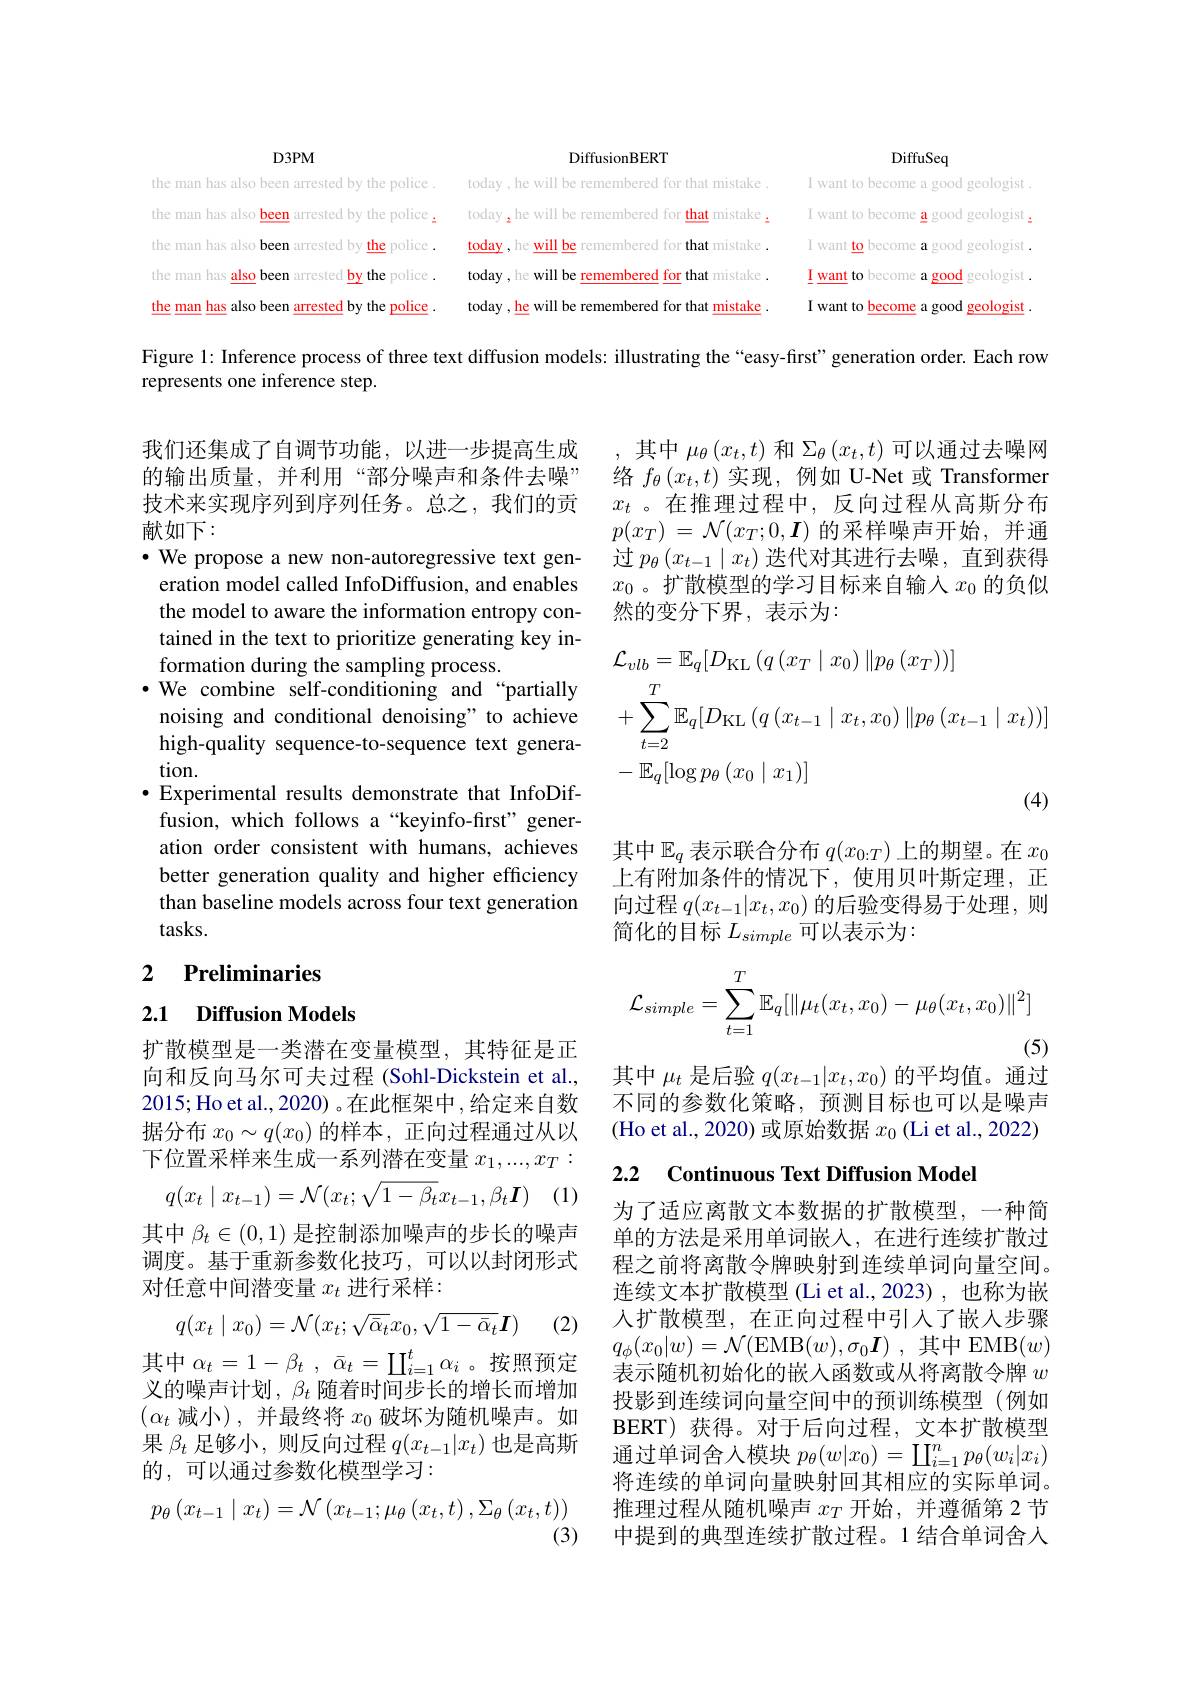
DiffusionBERT

D3PM

DiffuSeq

the man has also been arrested by the police .

I want to become a good geologist.

I want to become a good geologist.

the man has also been arrested by the police .

the man has also been arrested by the police .

today ,he will be remembered for that mistake . today ,he will be remembered for that mistake . today , he will be remembered for that mistake . today , he will be remembered for that mistake . today , he will be remembered for that mistake

I want to become a good geologist .

the man has also been arrested by the police .

good geologist.

I want to become

I want to become a good geologist

the man has also been arrested by the police

Figure 1: Inference process of three text diffusion models: illustrating the“easy-first”generation order. Each row
represents one inference step.

我们还集成了自调节功能，以进一步提高生成的输出质量，并利用“部分噪声和条件去噪” 技术来实现序列到序列任务。总之，我们的贡献如下：

·We propose a new non-autoregressive text gen-

,其中$\mu_\theta\left(x_t,t\right)$和$\Sigma_\theta\left(x_t,t\right)$可以通过去噪网络$f_\theta\left(x_t,t\right)$实现，例如 U-Net 或 Transformer $x_t$ 。在推理过程中，反向过程从高斯分布$p( x_T)$ = $\mathcal{N} ( x_T; 0, \boldsymbol{I})$的采样噪声开始，并通过$p_\theta\left(x_{t-1}\mid x_t\right)$迭代对其进行去噪，直到获得$x_0$。扩散模型的学习目标来自输入$x_0$的负似然的变分下界，表示为：
$$\begin{aligned}&\mathcal{L}_{vlb}=\mathbb{E}_{q}[D_{\mathrm{KL}}\left(q\left(x_{T}\mid x_{0}\right)\|p_{\theta}\left(x_{T}\right)\right)]\\&+\sum_{t=2}^{T}\mathbb{E}_{q}[D_{\mathrm{KL}}\left(q\left(x_{t-1}\mid x_{t},x_{0}\right)\|p_{\theta}\left(x_{t-1}\mid x_{t}\right)\right)]\\&-\:\mathbb{E}_{q}[\log p_{\theta}\left(x_{0}\mid x_{1}\right)]\end{aligned}$$
eration model called InfoDiffusion, and enables the model to aware the information entropy contained in the text to prioritize generating key information during the sampling process.
$\bullet$ We combine self-conditioning and “partially
noising and conditional denoising" to achieve high-quality sequence-to-sequence text generation.
$\bullet$ Experimental results demonstrate that InfoDif-
fusion, which follows a“keyinfo-first”generation order consistent with humans, achieves better generation quality and higher efficiency than baseline models across four text generation tasks.

其中$\mathbb{E}_q$表示联合分布$q(x_0:T)$上的期望。在$x_0$ 上有附加条件的情况下，使用贝叶斯定理，正向过程$q(x_t-1|x_t,x_0)$的后验变得易于处理，则简化的目标$L_simple$可以表示为：

# 2 $\textbf{Preliminaries}$
$$\mathcal{L}_{simple}=\sum_{t=1}^T\mathbb{E}_q[\|\mu_t(x_t,x_0)-\mu_\theta(x_t,x_0)\|^2]$$
2.1 Diffusion Models

(5)

其中$\mu_t$是后验$q(x_t-1|x_t,x_0)$的平均值。通过不同的参数化策略，预测目标也可以是噪声(Ho et al., 2020) 或原始数据$x_0$ (Li et al., 2022)

扩散模型是一类潜在变量模型，其特征是正向和反向马尔可夫过程 (Sohl-Dickstein et al., 2015;Ho et al., 2020) 。在此框架中 ,给定来自数据分布$x_0\sim q(x_0)$的样本，正向过程通过从以下位置采样来生成一系列潜在变量$x_1,...,x_T:$

# 2.2 $\textbf{Continuous Text Diffusion Model}$
$$q(x_{t}\mid x_{t-1})=\mathcal{N}(x_{t};\sqrt{1-\beta_{t}}x_{t-1},\beta_{t}\boldsymbol{I})$$
 ) (1)

其中$\beta_t\in(0,1)$是控制添加噪声的步长的噪声调度。基于重新参数化技巧，可以以封闭形式对任意中间潜变量$x_t$进行采样：
$$q(x_t\mid x_0)=\mathcal{N}(x_t;\sqrt{\bar{\alpha}_t}x_0,\sqrt{1-\bar{\alpha}_t}\boldsymbol{I})$$
(2)

为了适应离散文本数据的扩散模型，一种简单的方法是采用单词嵌入，在进行连续扩散过程之前将离散令牌映射到连续单词向量空间。连续文本扩散模型 (Li et al.,2023),也称为嵌人扩散模型，在正向过程中引入了嵌入步骤$q_{\phi}(x_{0}|w)=\mathcal{N}($EMB$( w) , \sigma _0\boldsymbol{I})$ ,其中 EMB$(w)$ 表示随机初始化的嵌入函数或从将离散令牌$w$ 投影到连续词向量空间中的预训练模型(例如BERT) 获得。对于后向过程，文本扩散模型通过单词舍入模块$p_\theta(w|x_0)=\coprod_{i=1}^np_\theta(w_i|x_i)$ 将连续的单词向量映射回其相应的实际单词。推理过程从随机噪声$x_T$开始，并遵循第 2 节中提到的典型连续扩散过程。1 结合单词舍人

其中 $\alpha _{t}= 1- \beta _{t}$ , $\bar{\alpha } _{t}= \coprod _{i= 1}^{t}\alpha _{i}$ 。按照预定义的噪声计划，$\beta_t$随着时间步长的增长而增加$(\alpha_t$减小),并最终将$x_0$破坏为随机噪声。如果$\beta_t$足够小，则反向过程$q(x_t-1|x_t)$也是高斯的，可以通过参数化模型学习：
$$p_{\theta}\left(x_{t-1}\mid x_{t}\right)=\mathcal{N}\left(x_{t-1};\mu_{\theta}\left(x_{t},t\right),\Sigma_{\theta}\left(x_{t},t\right)\right)$$
(3)